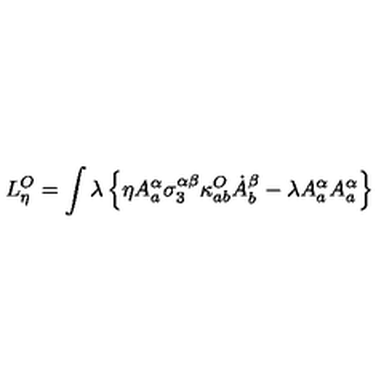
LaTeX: L _ { \eta } ^ { O } = \int \lambda \left\{ \eta A _ { a } ^ { \alpha } \sigma _ { 3 } ^ { \alpha \beta } \kappa _ { a b } ^ { O } \dot { A } _ { b } ^ { \beta } - \lambda A _ { a } ^ { \alpha } A _ { a } ^ { \alpha } \right\}